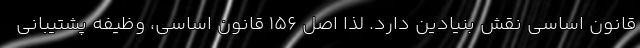
قانون اساسی نقش بنیادین دارد. لذا اصل ۱۵۶ قانون اساسی، وظیفه پشتیبانی